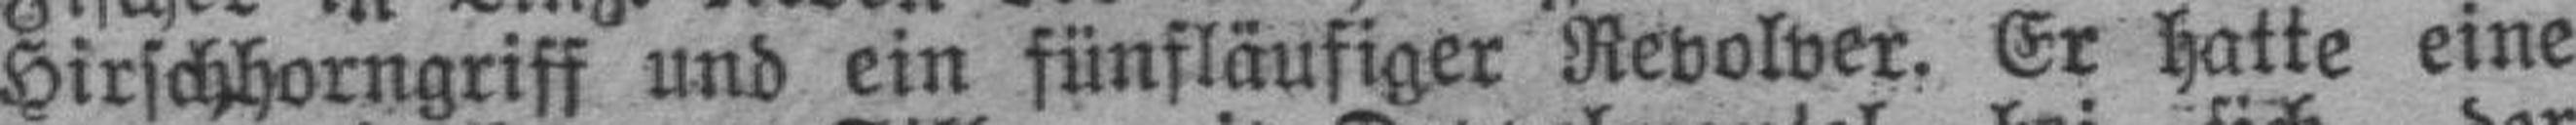
Hirschhorngriff und ein fünfläufiger Revolver. Er hatte eine